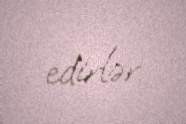
edirlər.